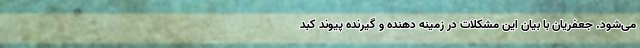
می‌شود. جعفریان با بیان این مشکلات در زمینه دهنده و گیرنده پیوند کبد